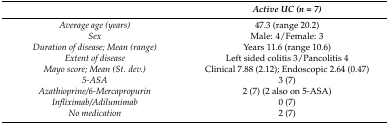
|  | Active UC (n = 7) |
 | --- | --- |
 | Average age (years) | 47.3 (range 20.2) |
 | Sex | Male: 4/Female: 3 |
 | Duration of disease; Mean (range) | Years 11.6 (range 10.6) |
 | Extent of disease | Left sided colitis 3/Pancolitis 4 |
 | Mayo score; Mean (St. dev.) | Clinical 7.88 (2.12); Endoscopic 2.64 (0.47) |
 | 5-ASA | 3 (7) |
 | Azathioprine/6-Mercapropurin | 2 (7) (2 also on 5-ASA) |
 | Infliximab/Adilumimab | 0 (7) |
 | No medication | 2 (7) |